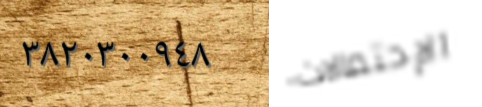
٣٨٢٠٣٠٠٩٤٨ الإحتمالات